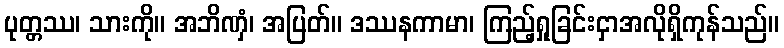
ပုတ္တဿ၊ သားကို။ အဘိဏှံ၊ အပြတ်။ ဒဿနကာမာ၊ ကြည့်ရှုခြင်းငှာအလိုရှိကုန်သည်။